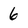
Character: 6